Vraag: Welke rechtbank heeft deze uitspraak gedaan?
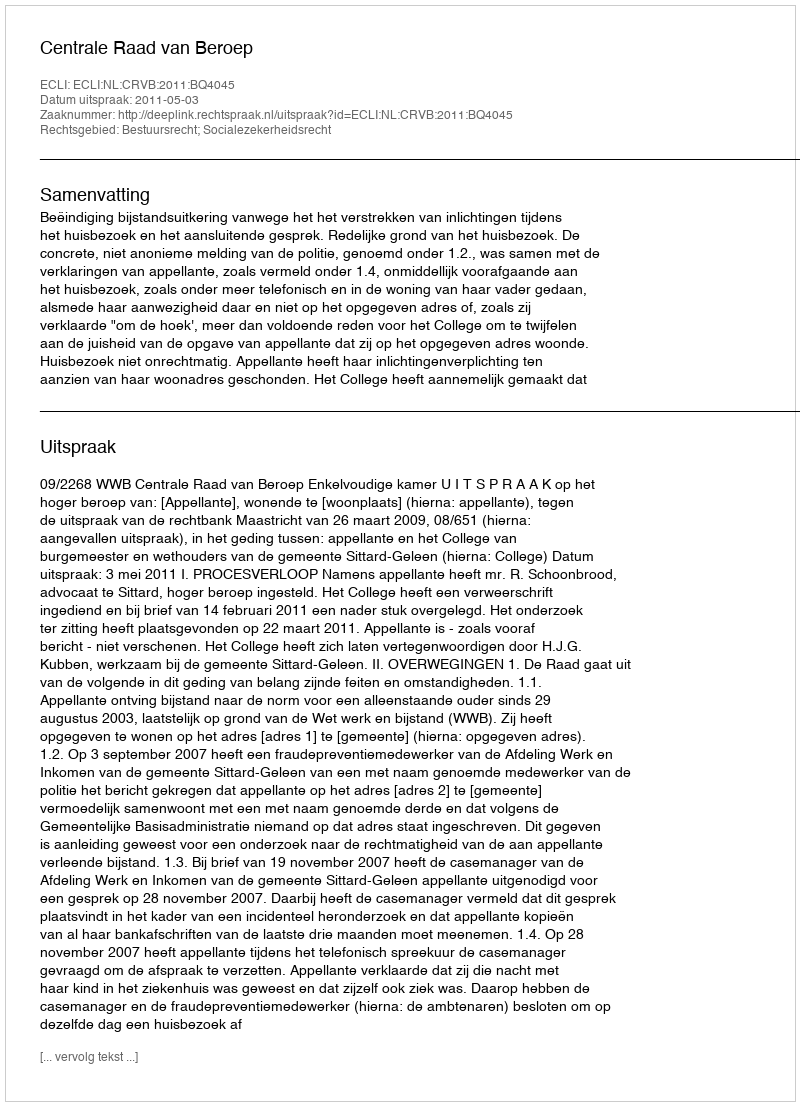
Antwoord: Centrale Raad van Beroep